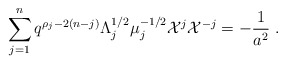
\begin{align*}\sum_{j=1}^n q^{\rho_j-2(n-j)}\Lambda_j^{1/2}\mu_j^{-1/2}{\cal X}^j{\cal X}^{-j}=-\frac{1}{a^2}~.\end{align*}